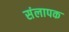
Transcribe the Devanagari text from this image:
संलापक